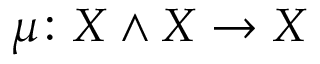
\mu \colon X \wedge X \to X